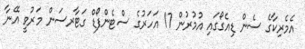
އެމެރިކާގެ ސެން ޑިއެގޯގައި އުމުރުން 17 އަހަރުގެ ސްޓެންފޯޑް ގަޓާރސަން މަރުވީ އޭނާ